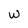
Character: w